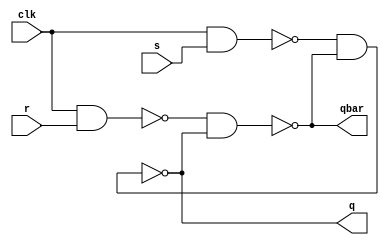
//gate level modelling

module srff_gate(q, qbar, s, r, clk);
  input s,r,clk; 
  output q, qbar;
  wire nand1_out; // output of nand1 
  wire nand2_out; // output of nand2 
  nand (nand1_out,clk,s); 
  nand (nand2_out,clk,r); 
  nand (q,nand1_out,qbar);
  nand (qbar,nand2_out,q);
endmodule